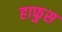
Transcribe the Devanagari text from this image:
हाफुस